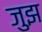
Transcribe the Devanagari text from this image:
जुझ